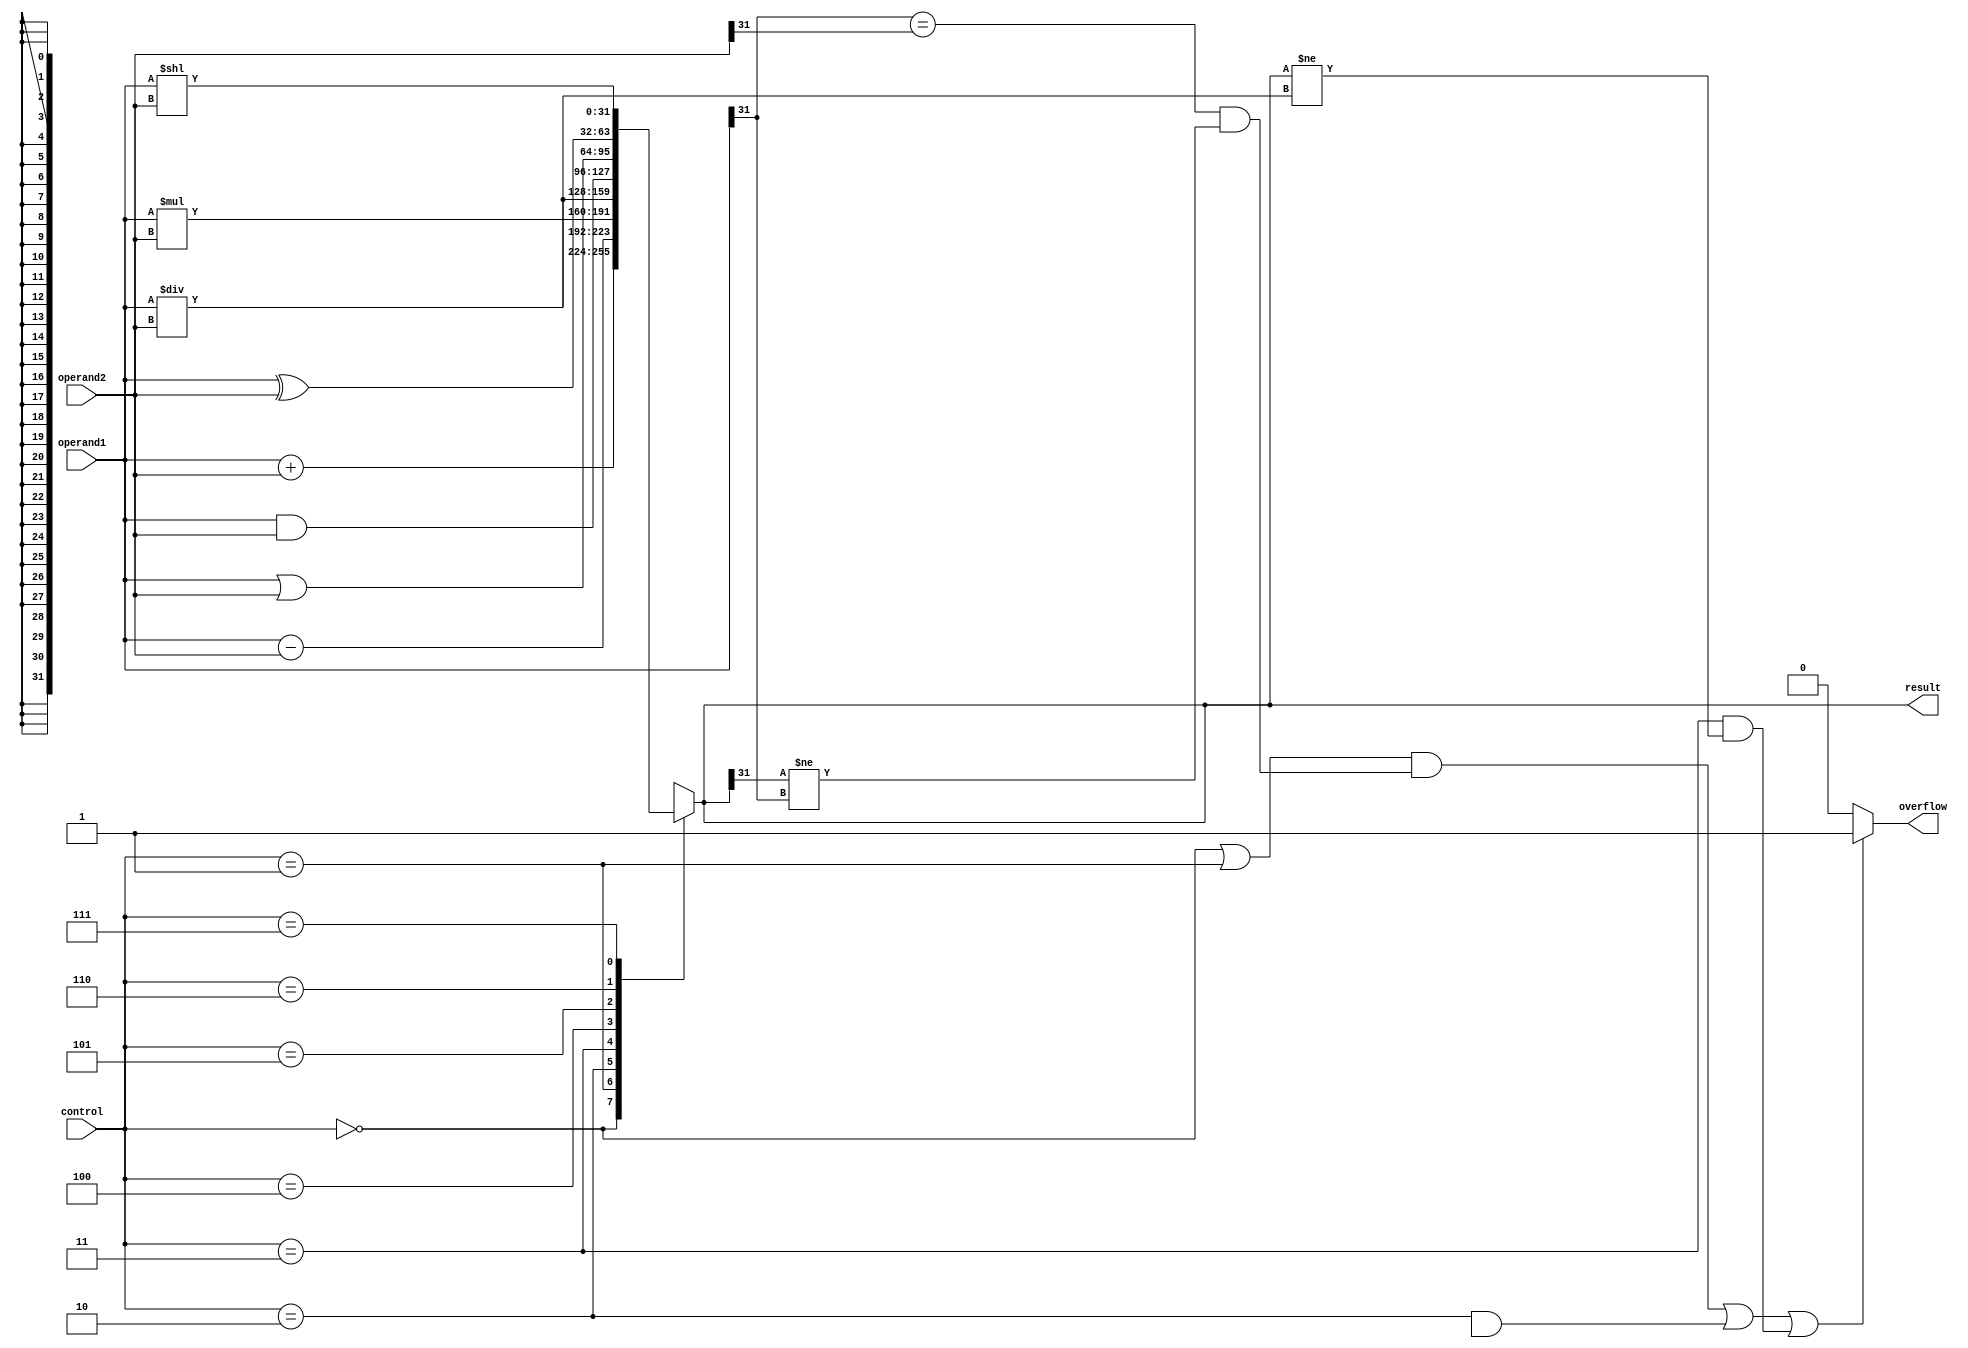
module ALU (
    input [31:0] operand1,
    input [31:0] operand2,
    input [2:0] control,
    output reg [31:0] result,
    output reg overflow
);

always @(*)
begin
    case(control)
        3'b000: result = operand1 + operand2; // Addition
        3'b001: result = operand1 - operand2; // Subtraction
        3'b010: result = operand1 * operand2; // Multiplication
        3'b011: result = operand1 / operand2; // Division
        3'b100: result = operand1 & operand2; // Bitwise AND
        3'b101: result = operand1 | operand2; // Bitwise OR
        3'b110: result = operand1 ^ operand2; // Bitwise XOR
        3'b111: result = operand1 << operand2; // Left shift
    endcase

    // Overflow detection
    if(((control == 3'b000 || control == 3'b001) && (operand1[31] == operand2[31] && result[31] != operand1[31])) ||
       ((control == 3'b010) && (result[63:32] != 0)) ||
       ((control == 3'b011) && (result != operand1/operand2)))
        overflow = 1;
    else
        overflow = 0;
end

endmodule